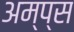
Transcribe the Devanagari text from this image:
अम्प्स